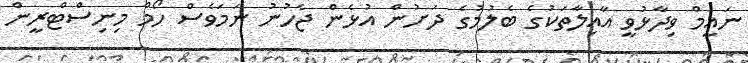
ނައީމް ވިދާޅުވީ އާއިލާތަކުގެ ބެލުމުގެ ދަށުން އުޅެން ޖެހުނު ނަމަވެސް ހޯމް މިނިސްޓްރީން